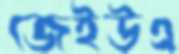
জেইউএ